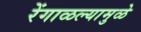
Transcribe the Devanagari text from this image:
रेंगाळल्यामुळे